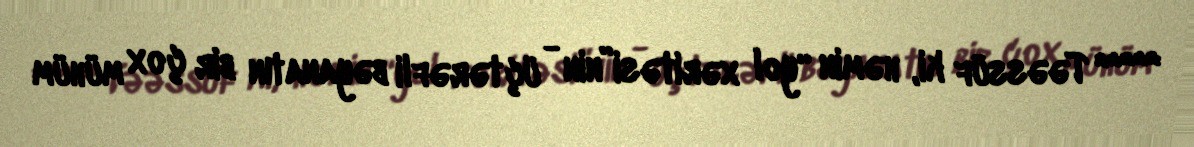
***** Təəssüf ki, həmin “yol xəritəsi”nin - üçtərəfli bəyanatın bir çox mühüm